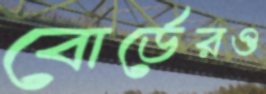
বোর্ডেরও